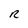
Character: R